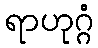
ရာဟုဂ္ဂံ